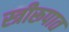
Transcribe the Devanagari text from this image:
स्त्रीरूपात